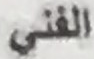
الفنى